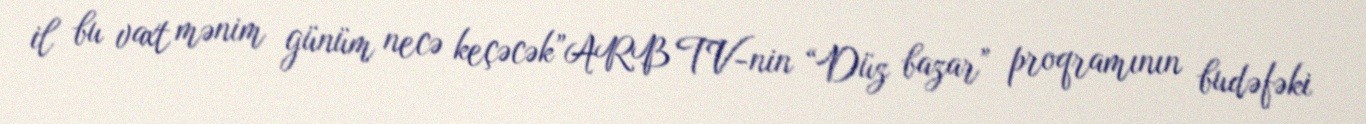
il bu vaxt mənim günüm necə keçəcək”ARB TV-nin “Düz bazar” proqramının budəfəki